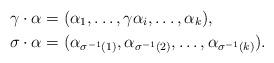
LaTeX: \begin{align*} \gamma\cdot \alpha&=(\alpha_1,\ldots,\gamma\alpha_i,\ldots,\alpha_k),\\ \sigma\cdot \alpha&=(\alpha_{\sigma^{-1}(1)},\alpha_{\sigma^{-1}(2)},\ldots,\alpha_{\sigma^{-1}(k)}).\end{align*}